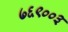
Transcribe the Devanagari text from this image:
७६९००३